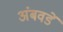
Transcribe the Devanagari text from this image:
अंबवडें